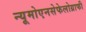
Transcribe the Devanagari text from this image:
न्यूमोएनसेफेलोग्राफी